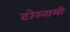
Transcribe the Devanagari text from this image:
टोरनामी